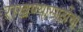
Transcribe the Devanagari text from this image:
राखण्यासाठीचा